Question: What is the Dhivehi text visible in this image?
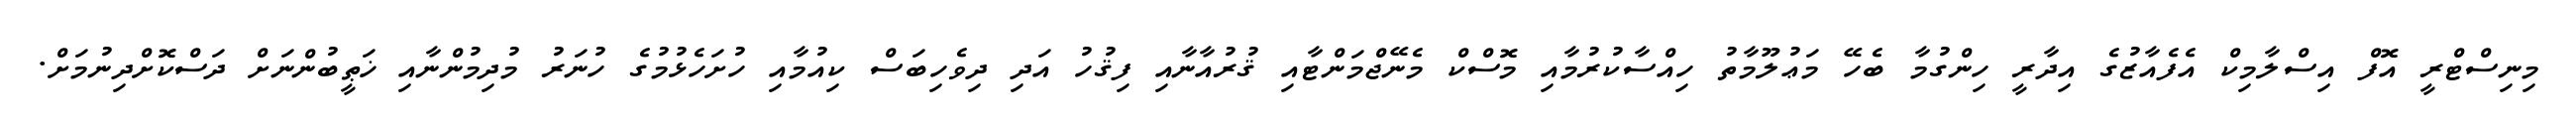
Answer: މިނިސްޓްރީ އޮފް އިސްލާމިކް އެފެއާޒުގެ އިދާރީ ހިންގުމާ ބެހޭ މަޢުލޫމާތު ހިއްސާކުރުމާއި މޮސްކް މެނޭޖްމަންޓާއި ޤުރުއާނާއި ފިޤުހު އަދި ދިވެހިބަސް ކިއުމާއި ހުށަހެޅުމުގެ ހުނަރު މުދިމުންނާއި ޚަޠީބުންނަށް ދަސްކޮށްދިނުމަށް.